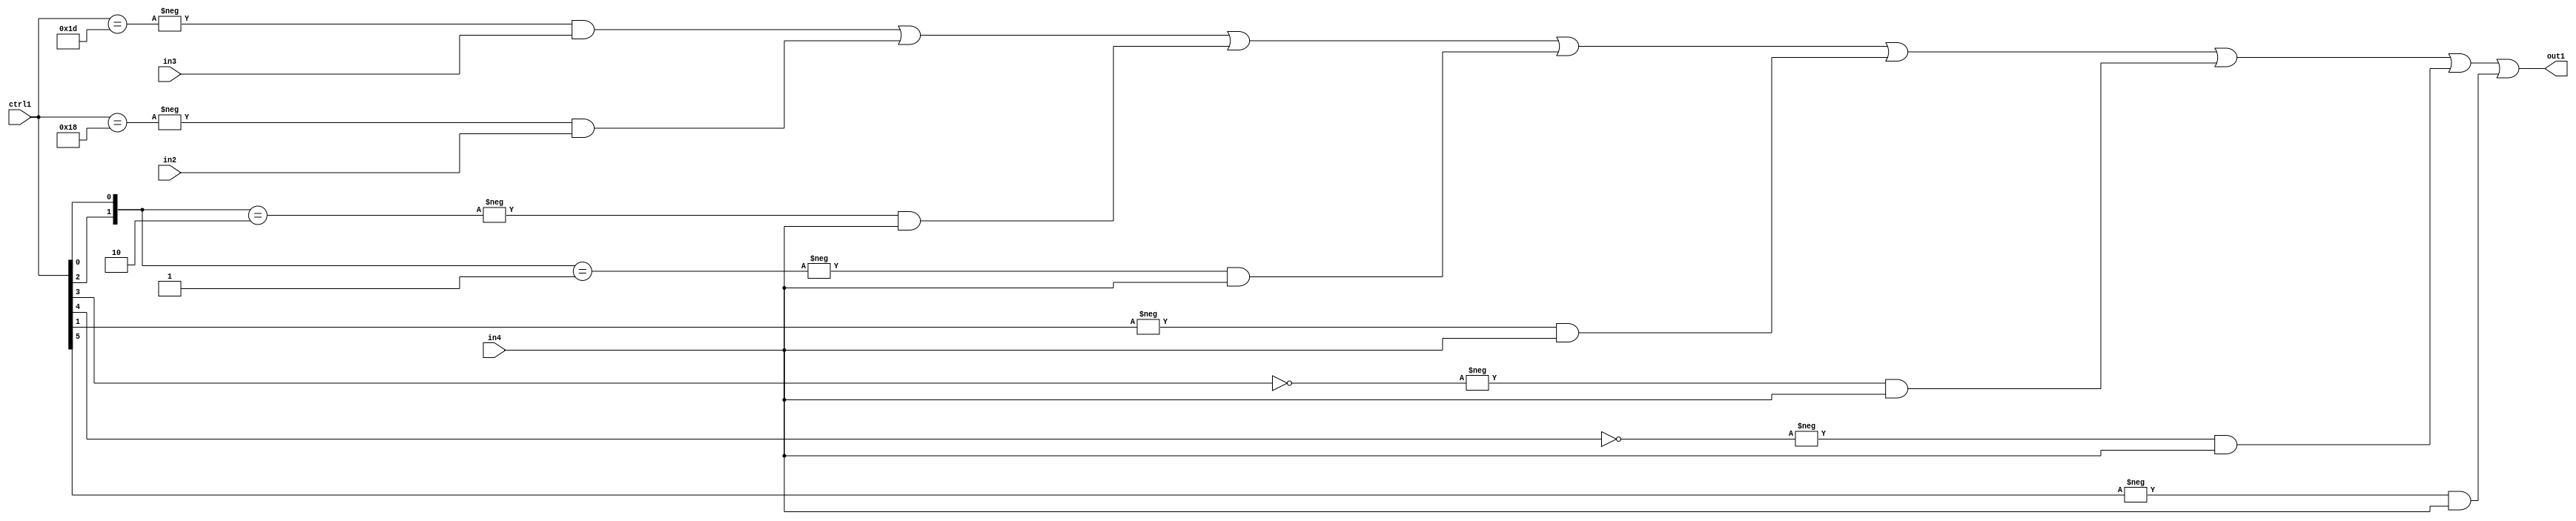
`timescale 1ps / 1ps
/*****************************************************************************
    Verilog RTL Description
    
    
    Created by: Stratus DpOpt 21.05.01 
*******************************************************************************/

module SobelFilter_N_Mux_32_3_89_1 (
	in4,
	in3,
	in2,
	ctrl1,
	out1
	); /* architecture "behavioural" */ 
input [31:0] in4;
input [8:0] in3,
	in2;
input [5:0] ctrl1;
output [31:0] out1;
wire [31:0] asc001;

assign asc001 = 
	-{ctrl1 == 6'B011101} & in3 |
	-{ctrl1 == 6'B011000} & in2 |
	-{{ctrl1[2], ctrl1[0]} == 2'B10} & in4 |
	-{{ctrl1[2], ctrl1[0]} == 2'B01} & in4 |
	-{ctrl1[1] == 1'B1} & in4 |
	-{ctrl1[3] == 1'B0} & in4 |
	-{ctrl1[4] == 1'B0} & in4 |
	-{ctrl1[5] == 1'B1} & in4 ;

assign out1 = asc001;
endmodule

/* CADENCE  v7n5Sgo= : u9/ySxbfrwZIxEzHVQQV8Q== ** DO NOT EDIT THIS LINE ******/